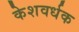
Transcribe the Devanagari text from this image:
केशवर्धक